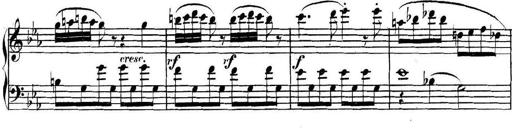
Title: Collected Piano Sonatas
Composer: Muzio Clementi